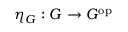
\eta _ { G } : G \to G ^ { \mathrm { o p } }